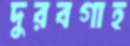
দুরবগাহ